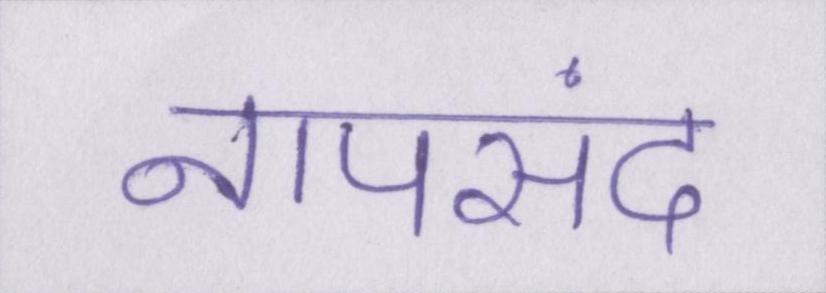
नापसंद